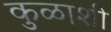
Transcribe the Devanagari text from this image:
कुळाशी